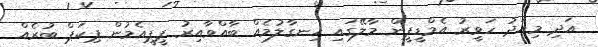
އަދި މިއަދު ހަވީރު އެމްޑީޕީން މާލޭގައި ހިނގާލުމެއް ބާއްވާއިރު ޕީޕީއެމުން ޕިކަޕް ބުރެއް